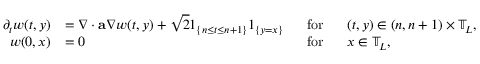
\begin{array} { r l r l } { \partial _ { t } w ( t , y ) } & { = \nabla \cdot \mathbf { a } \nabla w ( t , y ) + \sqrt { 2 } { \boldsymbol { 1 } } _ { \left\{ n \leq t \leq n + 1 \right\} } { \boldsymbol { 1 } } _ { \{ y = x \} } } & { ~ ~ \mathrm { f o r } } & { ~ ~ ( t , y ) \in ( n , n + 1 ) \times \mathbb { T } _ { L } , } \\ { w ( 0 , x ) } & { = 0 } & { \mathrm { f o r } } & { ~ ~ x \in \mathbb { T } _ { L } , } \end{array}